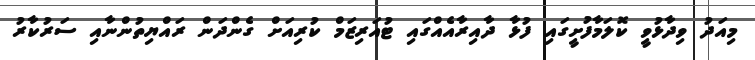
މިއަދު ވިދާޅުވީ ކޮލަމާފުށީގައި ފުޅާ ދާއިރާއެއްގައި ޓުއަރިޒަމް ކުރިއަށް ގެންދަން ރައްޔިތުންނާއި ސަރުކާރު